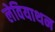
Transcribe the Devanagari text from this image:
लेवियाथन